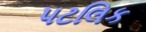
પટલિક